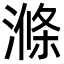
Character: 滌